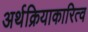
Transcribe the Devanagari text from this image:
अर्थक्रियाकारित्व